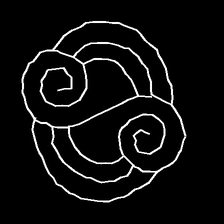
Glyph: wind-underfoot